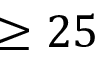
\geq 2 5